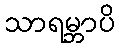
သာရမ္ဘာပိ